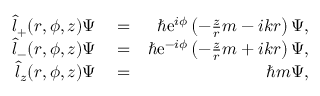
\begin{array} { r l r } { \hat { l } _ { + } ( r , \phi , z ) \Psi } & { { } = } & { \hbar \mathrm { e } ^ { i \phi } \left( - \frac { z } { r } m - i k r \right) \Psi , } \\ { \hat { l } _ { - } ( r , \phi , z ) \Psi } & { { } = } & { \hbar \mathrm { e } ^ { - i \phi } \left( - \frac { z } { r } m + i k r \right) \Psi , } \\ { \hat { l } _ { z } ( r , \phi , z ) \Psi } & { { } = } & { \hbar m \Psi , } \end{array}